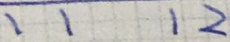
1 1 1 2